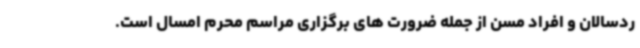
ردسالان و افراد مسن از جمله ضرورت های برگزاری مراسم محرم امسال است.